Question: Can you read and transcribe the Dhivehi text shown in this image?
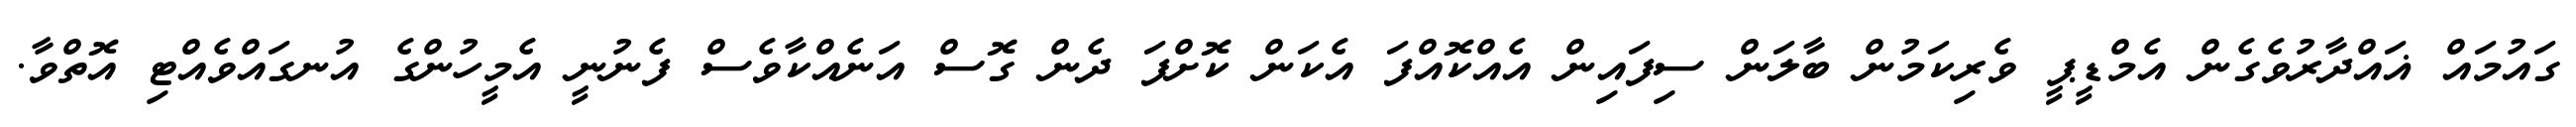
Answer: ގައުމައް ޣައްދާރުވެގެން އެމްޑީޕީ ވެރިކަމުން ބާލަން ސިފައިން އެއްކޮއްފަ އެކަން ކޮށްފަ ދެން ގޮސް އަނެއްކާވެސް ފެނުނީ އެމީހުންގެ އުނގައްވެއްޓި އޮތްވާ.